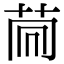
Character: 𦮏